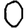
Digit: 0